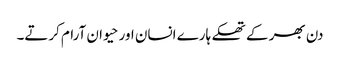
دن بھر کے تھکے ہارے انسان اور حیوان آرام کرتے۔